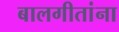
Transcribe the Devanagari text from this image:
बालगीतांना